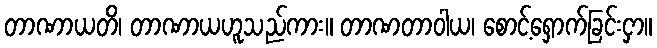
တာဏာယတိ၊ တာဏာယဟူသည်ကား။ တာဏတာဝါယ၊ စောင့်ရှောက်ခြင်းငှာ။